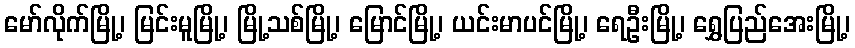
မော်လိုက်မြို့၊ မြင်းမူမြို့၊ မြို့သစ်မြို့၊ မြောင်မြို့၊ ယင်းမာပင်မြို့၊ ရေဦးမြို့၊ ရွှေပြည်အေးမြို့၊